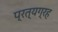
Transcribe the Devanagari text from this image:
प्रत्यग्रह